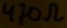
Text: 470Ω